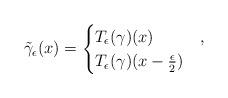
LaTeX: \begin{align*} \tilde{\gamma}_\epsilon(x) = \begin{cases} T_\epsilon(\gamma)(x) & , \\ T_\epsilon(\gamma)(x- \frac{\epsilon}{2}) & \end{cases}\end{align*}